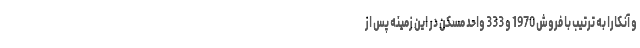
و آنکارا به ترتیب با فروش 1970 و 333 واحد مسکن در این زمینه پس از